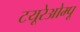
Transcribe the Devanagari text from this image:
टयूरेओम्पू